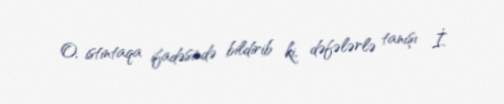
O, istintaqa ifadəsində bildirib ki, dəfələrlə tanışı İ.